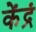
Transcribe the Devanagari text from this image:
केंद्रं